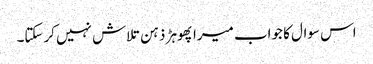
اس سوال کا جواب میرا پھوہڑ ذہن تلاش نہیں کرسکتا۔